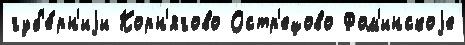
губ'е́рн'иjи Корн'ягово Остр'ецово Фом'инскоjе